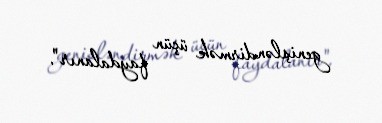
genişləndirmək üçün faydalanır".